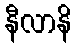
နီလာနိ